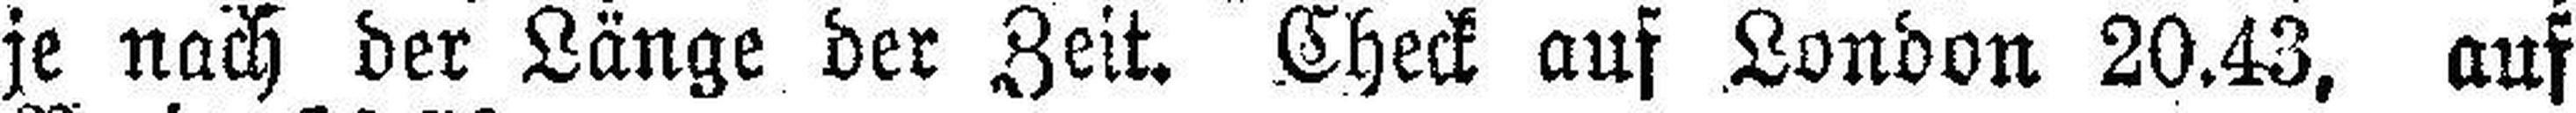
je nach der Länge der Zeit. Check auf London 20.43, auf